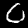
Label: 0